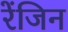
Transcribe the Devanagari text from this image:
रेंजिन